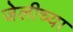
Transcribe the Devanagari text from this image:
जेलीच्या